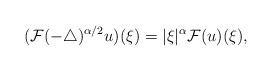
LaTeX: \begin{align*}(\mathcal{F}(-\triangle)^{\alpha/2}u)(\xi)=|\xi|^{\alpha}\mathcal{F}(u)(\xi),\end{align*}